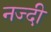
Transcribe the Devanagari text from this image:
नज्दी